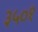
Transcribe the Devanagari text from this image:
३५०१